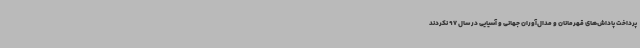
پرداخت پاداش‌های قهرمانان و مدال‌آوران جهانی و آسیایی در سال 97 نکردند